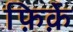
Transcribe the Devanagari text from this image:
फ़िर्क़े